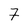
Character: 7